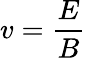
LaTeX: v={\frac{E}{B}}